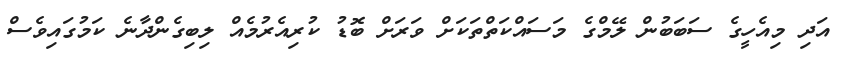
އަދި މިއެހީގެ ސަބަބުން ލޭމްގެ މަސައްކަތްތަކަށް ވަރަށް ބޮޑު ކުރިއެރުމެއް ލިބިގެންދާނެ ކަމުގައިވެސް